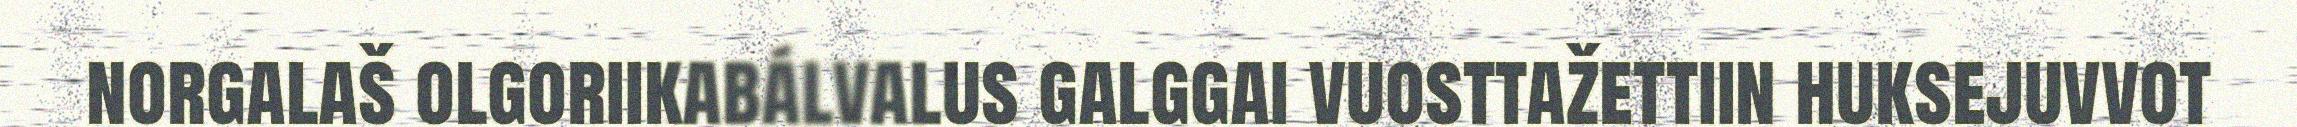
norgalaš olgoriikabálvalus galggai vuosttažettiin huksejuvvot